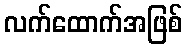
လက်ထောက်အဖြစ်